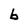
Character: b